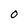
Character: O